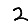
Digit: 2